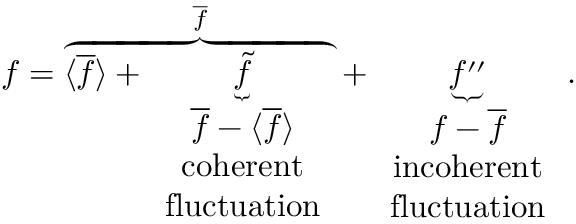
f = \overbrace { \langle { \overline { { f } } } \rangle + \underbrace { \tilde { f } } _ { \begin{array} { c } { \overline { { f } } - \langle { \overline { { f } } } \rangle } \\ { \mathrm { c o h e r e n t } } \\ { \mathrm { f l u c t u a t i o n } } \end{array} } } ^ { \overline { { f } } } + \underbrace { f ^ { \prime \prime } } _ { \begin{array} { c } { f - \overline { { f } } } \\ { \mathrm { i n c o h e r e n t } } \\ { \mathrm { f l u c t u a t i o n } } \end{array} } .